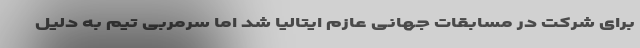
برای شرکت در مسابقات جهانی عازم ایتالیا شد اما سرمربی تیم به دلیل